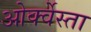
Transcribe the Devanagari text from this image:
ओर्क्वेस्ता